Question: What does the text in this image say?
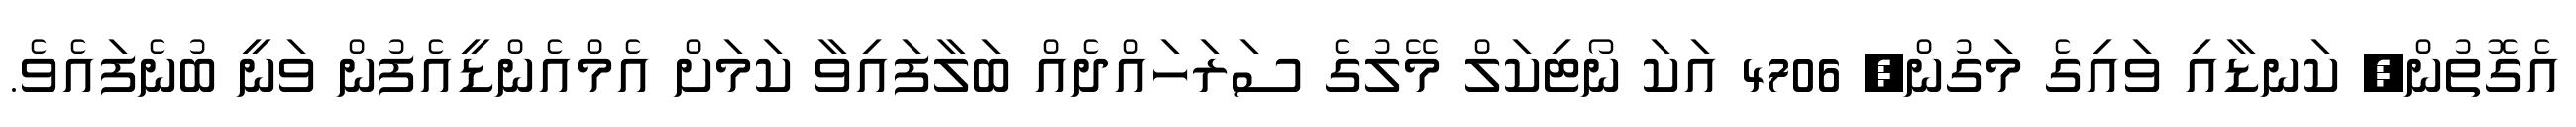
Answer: އެގޮތުން, ކަނޑާއި ވައިގެ މަގުން, 4706 އަކަ ނޯޓިކަލް މޭލުގެ ސަރަހައްދެއް ބަލާފައިވާ ކަމަށް އެމްއެންޑީއެފުން ވަނީ ބުނެފައެވެ.